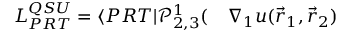
\begin{array} { r l } { L _ { P R T } ^ { Q S U } = \langle { P R T } | \mathcal P _ { 2 , 3 } ^ { 1 } ( } & { { } \nabla _ { 1 } u ( \vec { r } _ { 1 } , \vec { r } _ { 2 } ) } \end{array}